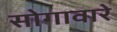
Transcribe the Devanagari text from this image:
सोगावारे